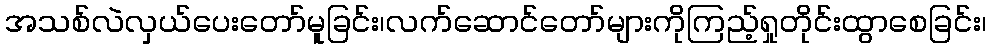
အသစ်လဲလှယ်ပေးတော်မူခြင်း၊လက်ဆောင်တော်များကိုကြည့်ရှုတိုင်းထွာစေခြင်း၊